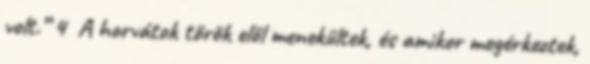
volt.” 4 A horvátok török elől menekültek, és amikor megérkeztek,